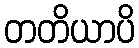
တတိယာပိ